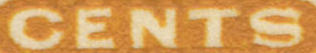
CENTS